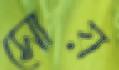
সোয়